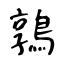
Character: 鶉